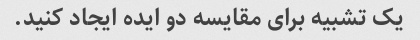
یک تشبیه برای مقایسه دو ایده ایجاد کنید.